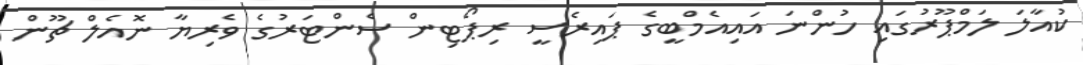
ކުއާލަ ލަމްޕޫރުގައި ހުންނަ އައިއެމްބީގެ ޕައިރެސީ ރިޕޯޓިން ސެންޓަރުގެ ވެރިޔާ ނޮއެލް ޗޫން